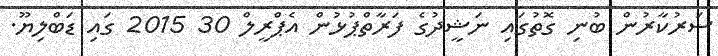
ސަރުކާރުން ބުނި ގޮތުގައި ނަޝީދުގެ ފަރާތްޕުޅުން އެޕްރީލް 30 2015 ގައި ޑަބްލިޔޫ.